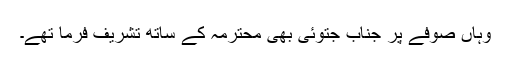
وہاں صوفے پر جناب جتوئی بھی محترمہ کے ساتھ تشریف فرما تھے۔